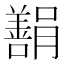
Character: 𬙿